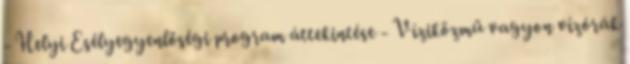
- Helyi Esélyegyenlőségi program áttekintése - Víziközmű vagyon vízórák